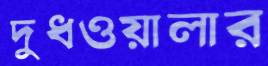
দুধওয়ালার